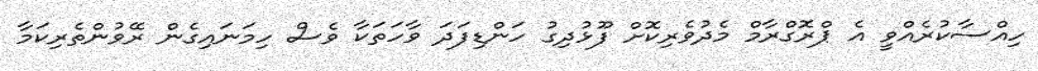
ހިއްސާކުރެއްވީ އެ ޕްރޮގްރާމް މެދުވެރިކޮށް ފޫޅުދިގު ހަންޑިފަދަ ވާހަތަކާ ވެސް ހިމަނައިގެން ރޭވުންތެރިކަމާ